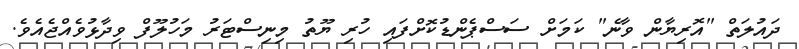
ދައުލަތް "އޮރިޔާން ވާނެ" ކަމަށް ސަސްޕެންޑުކޮށްފައި ހުރި ޔޫތު މިނިސްޓަރު މަހުލޫފް ވިދާޅުވެއްޖެއެވެ.